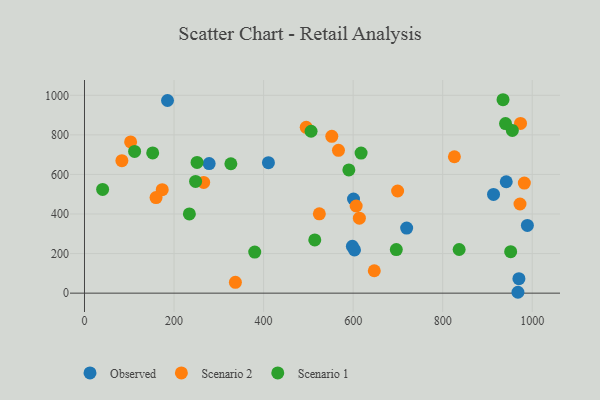
{"axis": {"x": "Experience", "y": "Sales"}, "legend": ["Observed", "Scenario 1", "Scenario 2"], "data": [{"x": "600.8", "y": 475.9, "type": "Observed"}, {"x": "970.2", "y": 72.9, "type": "Observed"}, {"x": "410.8", "y": 659.5, "type": "Observed"}, {"x": "941.9", "y": 563.0, "type": "Observed"}, {"x": "989.1", "y": 342.4, "type": "Observed"}, {"x": "278.4", "y": 655.0, "type": "Observed"}, {"x": "598.3", "y": 236.5, "type": "Observed"}, {"x": "719.5", "y": 329.0, "type": "Observed"}, {"x": "185.4", "y": 973.8, "type": "Observed"}, {"x": "913.5", "y": 499.1, "type": "Observed"}, {"x": "603.0", "y": 218.3, "type": "Observed"}, {"x": "968.0", "y": 4.4, "type": "Observed"}, {"x": "613.9", "y": 378.8, "type": "Scenario 2"}, {"x": "495.2", "y": 838.2, "type": "Scenario 2"}, {"x": "173.6", "y": 523.2, "type": "Scenario 2"}, {"x": "83.5", "y": 669.5, "type": "Scenario 2"}, {"x": "524.5", "y": 401.0, "type": "Scenario 2"}, {"x": "567.2", "y": 721.8, "type": "Scenario 2"}, {"x": "699.3", "y": 516.3, "type": "Scenario 2"}, {"x": "973.8", "y": 857.7, "type": "Scenario 2"}, {"x": "103.0", "y": 764.2, "type": "Scenario 2"}, {"x": "606.7", "y": 440.6, "type": "Scenario 2"}, {"x": "159.8", "y": 483.0, "type": "Scenario 2"}, {"x": "826.1", "y": 689.4, "type": "Scenario 2"}, {"x": "647.2", "y": 113.2, "type": "Scenario 2"}, {"x": "972.6", "y": 450.7, "type": "Scenario 2"}, {"x": "552.3", "y": 792.6, "type": "Scenario 2"}, {"x": "982.3", "y": 556.2, "type": "Scenario 2"}, {"x": "266.2", "y": 559.9, "type": "Scenario 2"}, {"x": "337.0", "y": 54.6, "type": "Scenario 2"}, {"x": "836.7", "y": 220.5, "type": "Scenario 1"}, {"x": "955.5", "y": 822.7, "type": "Scenario 1"}, {"x": "934.7", "y": 977.7, "type": "Scenario 1"}, {"x": "617.7", "y": 708.1, "type": "Scenario 1"}, {"x": "590.4", "y": 622.9, "type": "Scenario 1"}, {"x": "940.3", "y": 857.2, "type": "Scenario 1"}, {"x": "514.3", "y": 269.1, "type": "Scenario 1"}, {"x": "152.3", "y": 708.8, "type": "Scenario 1"}, {"x": "696.4", "y": 220.2, "type": "Scenario 1"}, {"x": "111.9", "y": 716.6, "type": "Scenario 1"}, {"x": "248.1", "y": 564.9, "type": "Scenario 1"}, {"x": "251.4", "y": 660.9, "type": "Scenario 1"}, {"x": "380.2", "y": 207.7, "type": "Scenario 1"}, {"x": "326.9", "y": 654.1, "type": "Scenario 1"}, {"x": "951.8", "y": 209.6, "type": "Scenario 1"}, {"x": "40.5", "y": 524.1, "type": "Scenario 1"}, {"x": "234.2", "y": 400.3, "type": "Scenario 1"}, {"x": "506.0", "y": 818.4, "type": "Scenario 1"}]}